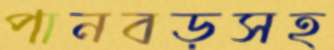
পানবড়সহ